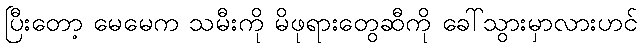
ပြီးတော့ မေမေက သမီးကို မိဖုရားတွေဆီကို ခေါ်သွားမှာလားဟင်